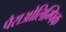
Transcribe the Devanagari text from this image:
पैराओलिम्पिक